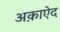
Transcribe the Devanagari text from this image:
अक़ाऐद